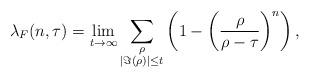
LaTeX: \begin{align*}\lambda_F(n,\tau)=\lim_{t \to \infty}\sum\limits_{\substack{\rho\\ |\Im(\rho)|\le t}}\left(1-\left(\frac{\rho}{\rho-\tau}\right)^n \right),\end{align*}